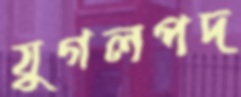
যুগলপদ